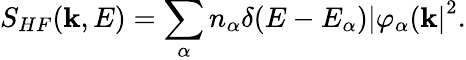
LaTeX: S_{HF}({\mathbf k},E)=\sum_{\alpha}n_{\alpha}\delta(E-E_{\alpha}){\vert\varphi_{\alpha}({\mathbf k}\vert}^{2}.